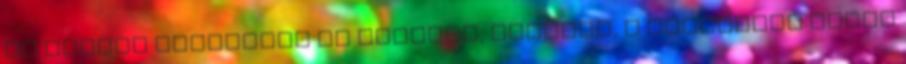
de később megelőzte őt Absalon, Hermida, a dobogóról pedig